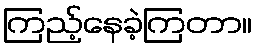
ကြည့်နေခဲ့ကြတာ။